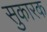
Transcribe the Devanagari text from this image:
सुकारक